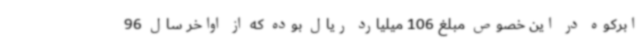
ابرکوه در این خصوص مبلغ 106 میلیارد ریال بوده که از اواخر سال 96